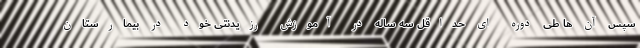
سپس آن ها طی دوره ای حداقل سه ساله در آموزش رزیدنتی خود در بیمارستان